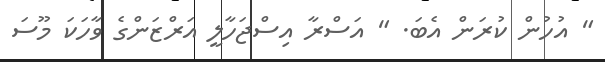
" އުހުން ކުރަން އެބަ. " އަސްރާ އިސްޖަހާލީ އަރްޒަންގެ ވާހަކަ މޫސަ